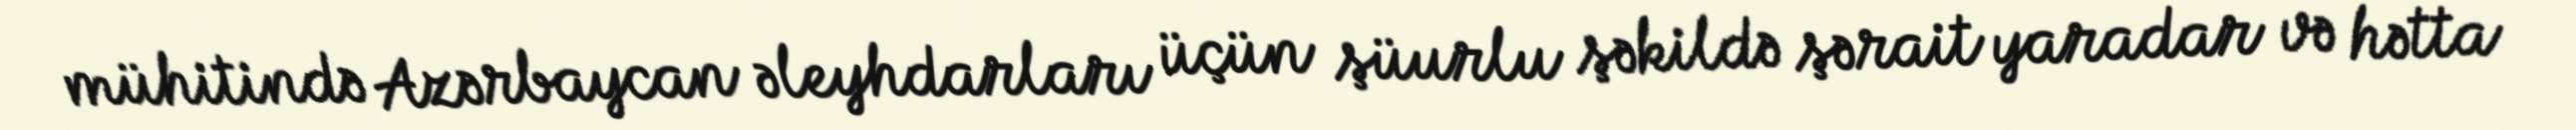
mühitində Azərbaycan əleyhdarları üçün şüurlu şəkildə şərait yaradar və hətta